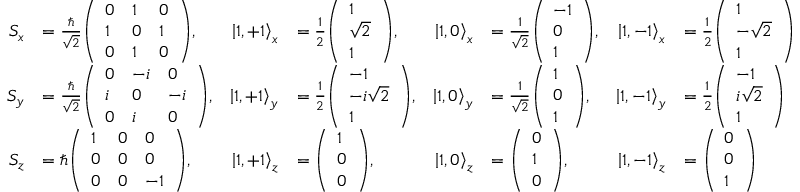
{ \begin{array} { r l r l r l r l } { S _ { x } } & { = { \frac { \hbar } { \sqrt { 2 } } } { \left( \begin{array} { l l l } { 0 } & { 1 } & { 0 } \\ { 1 } & { 0 } & { 1 } \\ { 0 } & { 1 } & { 0 } \end{array} \right) } , } & { \left| 1 , + 1 \right\rangle _ { x } } & { = { \frac { 1 } { 2 } } { \left( \begin{array} { l } { 1 } \\ { { \sqrt { 2 } } } \\ { 1 } \end{array} \right) } , } & { \left| 1 , 0 \right\rangle _ { x } } & { = { \frac { 1 } { \sqrt { 2 } } } { \left( \begin{array} { l } { - 1 } \\ { 0 } \\ { 1 } \end{array} \right) } , } & { \left| 1 , - 1 \right\rangle _ { x } } & { = { \frac { 1 } { 2 } } { \left( \begin{array} { l } { 1 } \\ { { - { \sqrt { 2 } } } } \\ { 1 } \end{array} \right) } } \\ { S _ { y } } & { = { \frac { \hbar } { \sqrt { 2 } } } { \left( \begin{array} { l l l } { 0 } & { - i } & { 0 } \\ { i } & { 0 } & { - i } \\ { 0 } & { i } & { 0 } \end{array} \right) } , } & { \left| 1 , + 1 \right\rangle _ { y } } & { = { \frac { 1 } { 2 } } { \left( \begin{array} { l } { - 1 } \\ { - i { \sqrt { 2 } } } \\ { 1 } \end{array} \right) } , } & { \left| 1 , 0 \right\rangle _ { y } } & { = { \frac { 1 } { \sqrt { 2 } } } { \left( \begin{array} { l } { 1 } \\ { 0 } \\ { 1 } \end{array} \right) } , } & { \left| 1 , - 1 \right\rangle _ { y } } & { = { \frac { 1 } { 2 } } { \left( \begin{array} { l } { - 1 } \\ { i { \sqrt { 2 } } } \\ { 1 } \end{array} \right) } } \\ { S _ { z } } & { = \hbar { \left( \begin{array} { l l l } { 1 } & { 0 } & { 0 } \\ { 0 } & { 0 } & { 0 } \\ { 0 } & { 0 } & { - 1 } \end{array} \right) } , } & { \left| 1 , + 1 \right\rangle _ { z } } & { = { \left( \begin{array} { l } { 1 } \\ { 0 } \\ { 0 } \end{array} \right) } , } & { \left| 1 , 0 \right\rangle _ { z } } & { = { \left( \begin{array} { l } { 0 } \\ { 1 } \\ { 0 } \end{array} \right) } , } & { \left| 1 , - 1 \right\rangle _ { z } } & { = { \left( \begin{array} { l } { 0 } \\ { 0 } \\ { 1 } \end{array} \right) } } \end{array} }